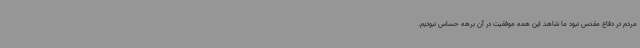
مردم در دفاع مقدس نبود ما شاهد این همه موفقیت در آن برهه حساس نبودیم.